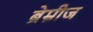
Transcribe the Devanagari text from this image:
ब्रेम्रीज